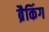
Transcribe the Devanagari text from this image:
ब्रैकिंग